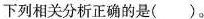
下列相关分析正确的是( )。